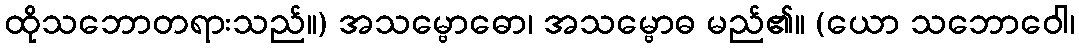
ထိုသဘောတရားသည်။) အသမ္ဗောဓော၊ အသမ္ဗောဓ မည်၏။ (ယော သဘောဝေါ၊